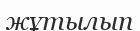
жұтылып